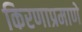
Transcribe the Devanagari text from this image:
किरणाप्रमाणे